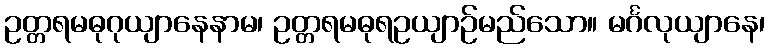
ဥတ္တရမဓုဂုယျာနေနာမ၊ ဥတ္တရမဓုရဥယျာဉ်မည်သော။ မင်္ဂလုယျာနေ၊